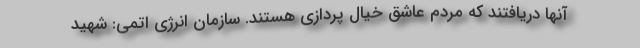
آنها دریافتند که مردم عاشق خیال پردازی هستند. سازمان انرژی اتمی: شهید